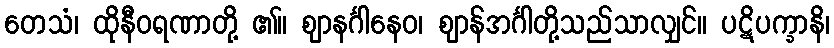
တေသံ၊ ထိုနီဝရဏာတို့ ၏။ ဈာနင်္ဂါနေဝ၊ ဈာန်အင်္ဂါတို့သည်သာလျှင်။ ပဋိပက္ခာနိ၊